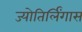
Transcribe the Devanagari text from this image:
ज्योतिर्लिंगास